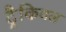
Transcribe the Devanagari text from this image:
ट्रैकियल